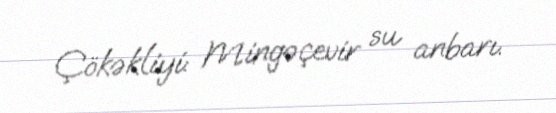
Çökəkliyi: Mingəçevir su anbarı.